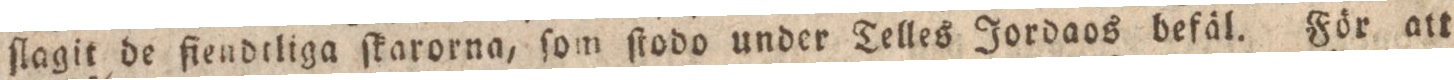
ſlagit de fiendtliga ſkarorna, ſom ſtodo under Telles Jordaos befäl. För att